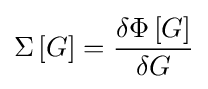
\Sigma \left[G\right]={\frac {\delta \Phi \left[G\right]}{\delta G}}